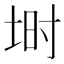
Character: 埘